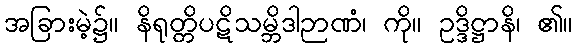
အခြားမဲ့၌။ နိရုတ္တိပဋိသမ္ဘိဒါဉာဏံ၊ ကို။ ဥဒ္ဒိဋ္ဌာနိ၊ ၏။